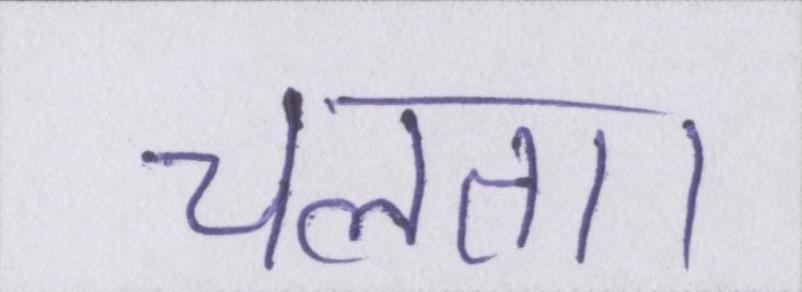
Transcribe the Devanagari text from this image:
चलता।